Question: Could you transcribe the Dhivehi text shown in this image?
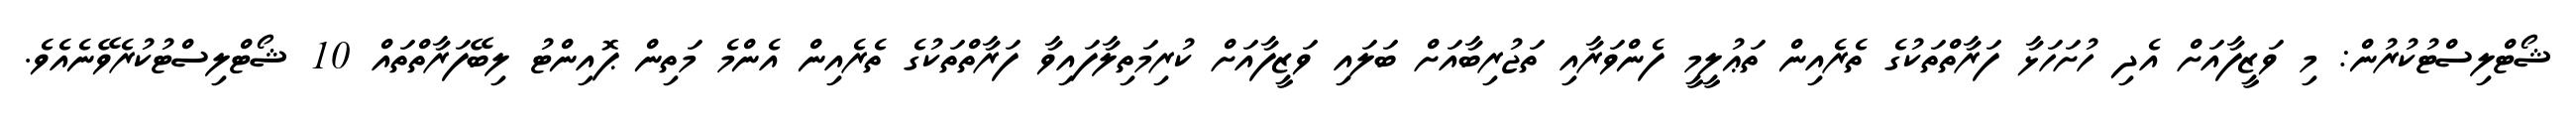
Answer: ޝޯޓްލިސްޓުކުރުން: މި ވަޒީފާއަށް އެދި ހުށަހަޅާ ފަރާތްތަކުގެ ތެރެއިން ތަޢުލީމީ ފެންވަރާއި ތަޖުރިބާއަށް ބަލައި ވަޒީފާއަށް ކުރިމަތިލާފައިވާ ފަރާތްތަކުގެ ތެރެއިން އެންމެ މަތިން ޕޮއިންޓު ލިބޭފަރާތްތައް 10 ޝޯޓްލިސްޓުކުރެވޭނެއެވެ.